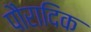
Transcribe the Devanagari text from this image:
पौरादिक